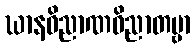
ဃာနဝိညာဏဝိညာတဗ္ဗာ